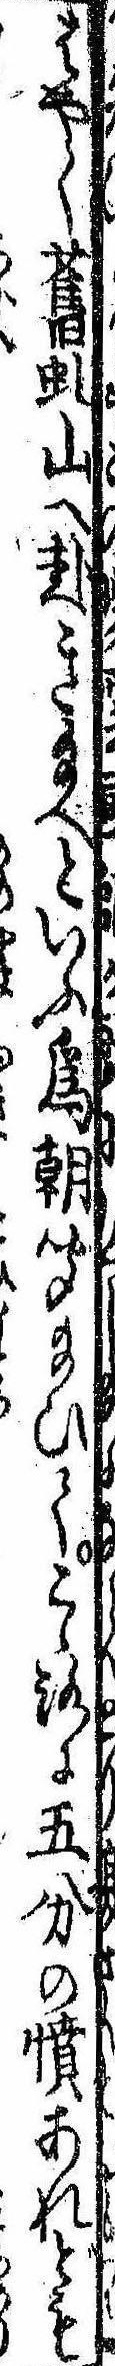
はやく旧虬山へ赴き給へといふ為朝聞給ひてこゝろに五分の憤あれども